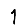
Digit: 1